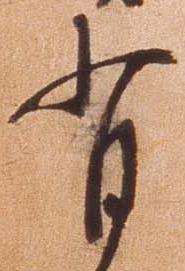
背